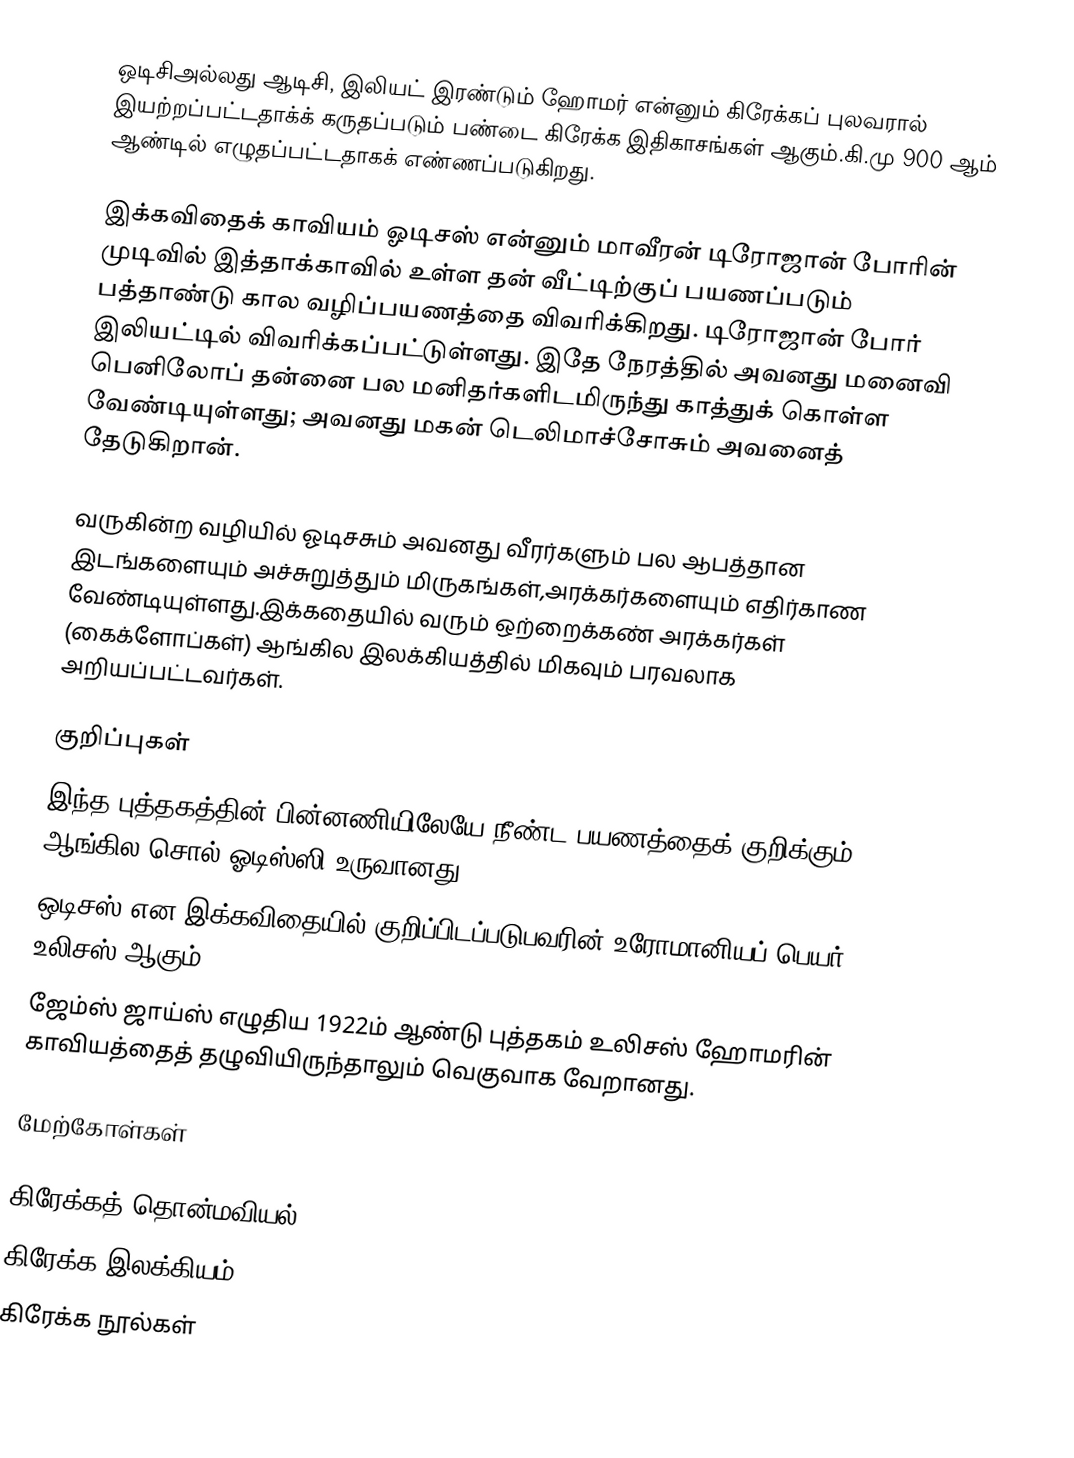
ஒடிசிஅல்லது ஆடிசி, இலியட் இரண்டும் ஹோமர் என்னும் கிரேக்கப் புலவரால் இயற்றப்பட்டதாக்க் கருதப்படும் பண்டை கிரேக்க இதிகாசங்கள் ஆகும்.கி.மு 900 ஆம் ஆண்டில் எழுதப்பட்டதாகக் எண்ணப்படுகிறது.

இக்கவிதைக் காவியம் ஓடிசஸ் என்னும் மாவீரன் டிரோஜான் போரின் முடிவில் இத்தாக்காவில் உள்ள தன் வீட்டிற்குப் பயணப்படும் பத்தாண்டு கால வழிப்பயணத்தை விவரிக்கிறது. டிரோஜான் போர் இலியட்டில் விவரிக்கப்பட்டுள்ளது. இதே நேரத்தில் அவனது மனைவி பெனிலோப் தன்னை பல மனிதர்களிடமிருந்து காத்துக் கொள்ள வேண்டியுள்ளது; அவனது மகன் டெலிமாச்சோசும் அவனைத் தேடுகிறான்.

வருகின்ற வழியில் ஓடிசசும் அவனது வீரர்களும் பல ஆபத்தான இடங்களையும் அச்சுறுத்தும் மிருகங்கள்,அரக்கர்களையும் எதிர்காண வேண்டியுள்ளது.இக்கதையில் வரும் ஒற்றைக்கண் அரக்கர்கள் (கைக்ளோப்கள்) ஆங்கில இலக்கியத்தில் மிகவும் பரவலாக அறியப்பட்டவர்கள்.

குறிப்புகள்
 இந்த புத்தகத்தின் பின்னணியிலேயே நீண்ட பயணத்தைக் குறிக்கும் ஆங்கில சொல் ஓடிஸ்ஸி உருவானது.
 ஒடிசஸ் என இக்கவிதையில் குறிப்பிடப்படுபவரின் உரோமானியப் பெயர் உலிசஸ் ஆகும்.
 ஜேம்ஸ் ஜாய்ஸ் எழுதிய 1922ம் ஆண்டு புத்தகம் உலிசஸ் ஹோமரின் காவியத்தைத் தழுவியிருந்தாலும் வெகுவாக வேறானது.

மேற்கோள்கள்

கிரேக்கத் தொன்மவியல்
கிரேக்க இலக்கியம்
கிரேக்க நூல்கள்